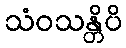
သံဝသန္တိပိ